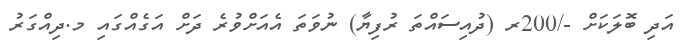
އަދި ބޮލަކަށް -/200ރ (ދުއިސައްތަ ރުފިޔާ) ނުވަތަ އެއަށްވުރެ ދަށް އަގެއްގައި މ.ދިއްގަރު